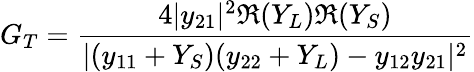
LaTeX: G_{T}={\frac{4|y_{21}|^{2}\Re{(Y_{L})}\Re{(Y_{S})}}{|(y_{11}+Y_{S})(y_{22}+Y_{L})-y_{12}y_{21}|^{2}}}